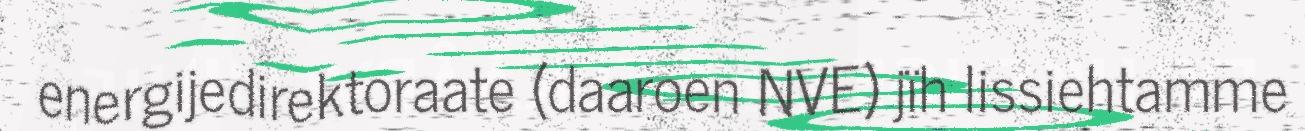
energijedirektoraate (daaroen NVE) jïh lissiehtamme